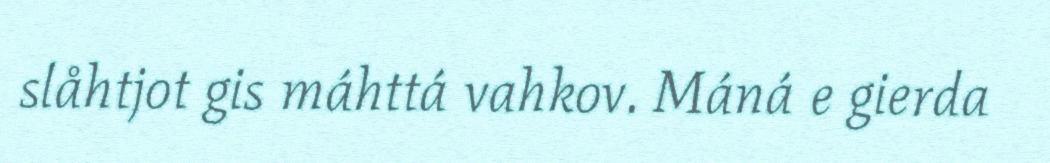
slåhtjot gis máhttá vahkov. Máná e gierda